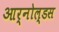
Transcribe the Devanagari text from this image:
आर्नोल्डस